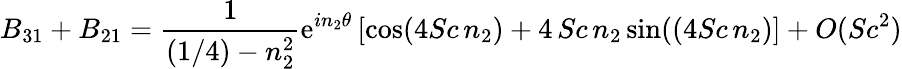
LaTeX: B_{31}+B_{21}={\frac{1}{(1/4)-n_{2}^{2}}}\mathrm{e}^{in_{2}\theta}\left[\mathrm{cos}(4Sc\, n_{2})+4\, Sc\, n_{2}\, \mathrm{sin}((4Sc\, n_{2})\right]+O(Sc^{2})